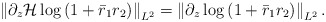
\begin{align*}\left\|\partial_{z} \mathcal{H} \log \left(1+\bar{r}_1 r_2\right)\right\|_{L^2}=\left\|\partial_{z} \log \left(1+\bar{r}_1r_2\right)\right\|_{L^2} .\end{align*}